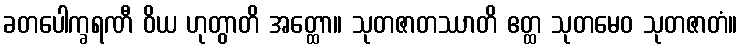
ခတပေါက္ခရဏီ ဝိယ ဟုတွာတိ အတ္ထော။ သုတဇာတဿာတိ ဧတ္ထ သုတမေဝ သုတဇာတံ။